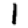
Digit: 1